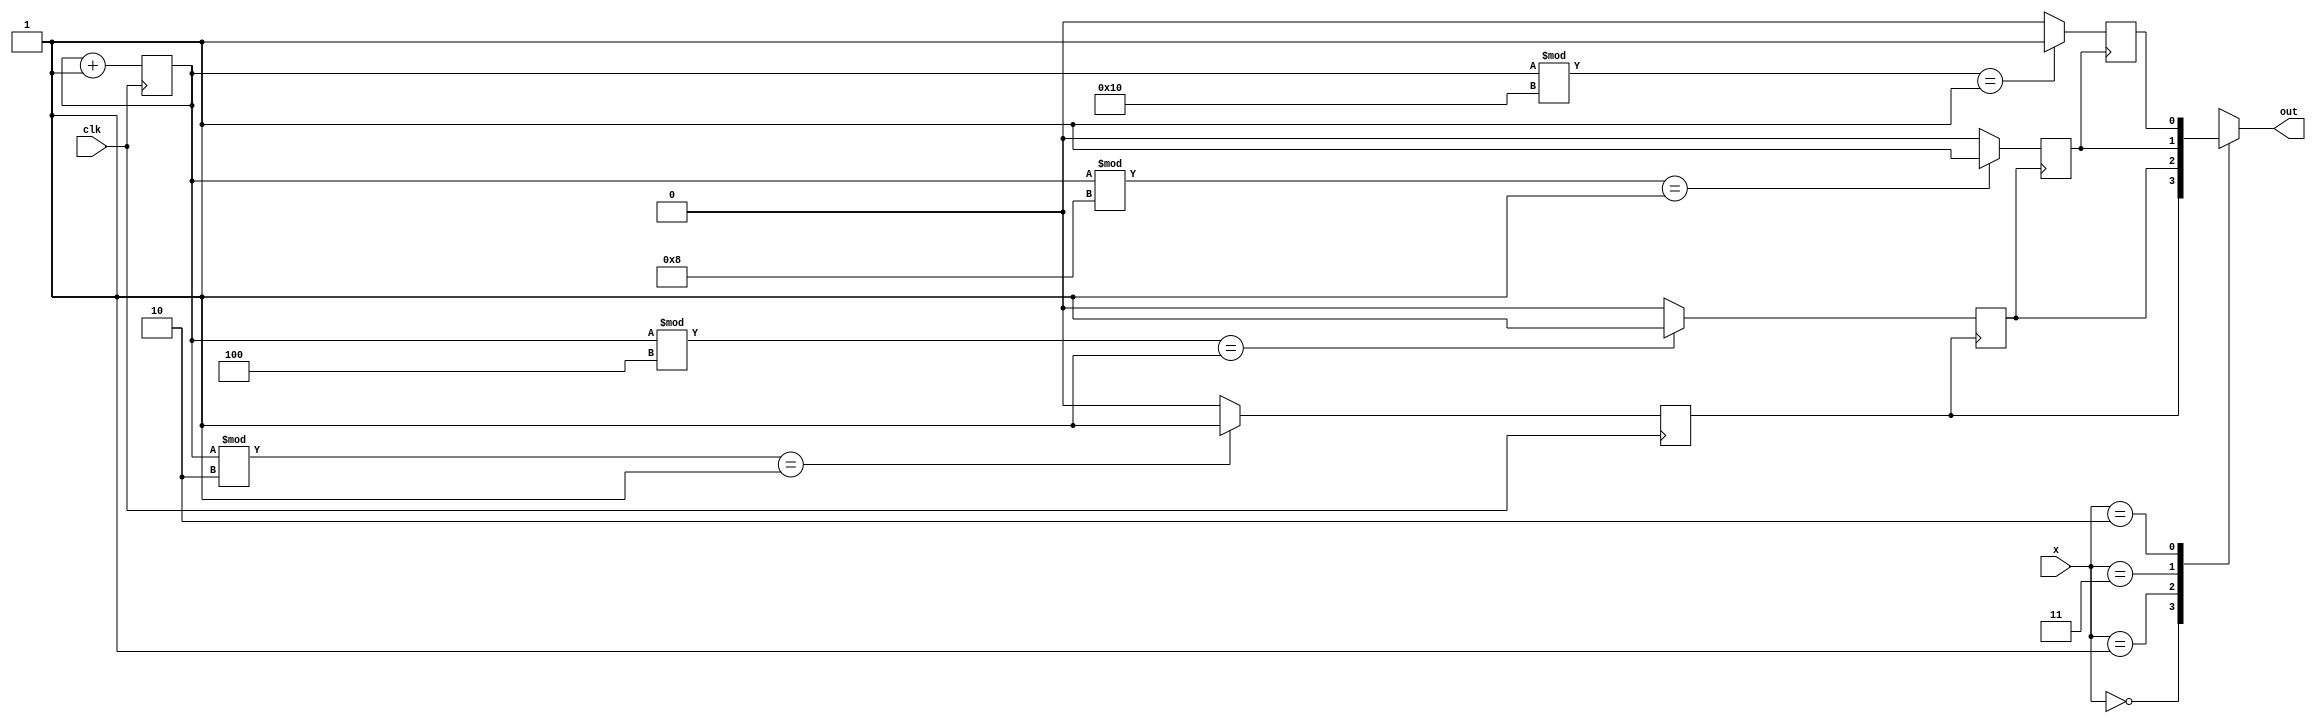
module clkdvd (

  
  input  clk,  
  input [1:0] x,
 
  output reg out
  
  
);

reg a,b,c,d;

reg [3:0]y=0,y1=0,y2=0,y3=0 ;


  always@ (*) begin
  
  case(x)
  
  2'b00:   out=a;
  2'b01:   out=b;
  2'b11:   out=c;
  2'b10:   out=d;
  
  endcase
  
  end
  

   
  always @ (posedge clk) begin
   y <= y+1;
   if ((y %2)==1) begin
    a  = 1;
   end 
   else begin
    a = 0;
   end
 end
   
 always @ (posedge a) begin
   y1 <= y1+1;
   if ((y %4)==1)  begin
    b = 1;
   end else begin
    b = 0;
   end
  end
 
  always @ (posedge b) begin
   y2 <= y2+1;
   if ((y %8)==1)  begin
    c = 1;
   end else begin
    c = 0;
   end
 end
 always @ (posedge c) begin
   y3 <= y3+1;
   if ((y %16)==1)  begin
    d = 1;
   end else begin
    d = 0;
   end
 end
 
 


 

	



endmodule